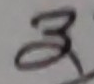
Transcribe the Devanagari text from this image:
३